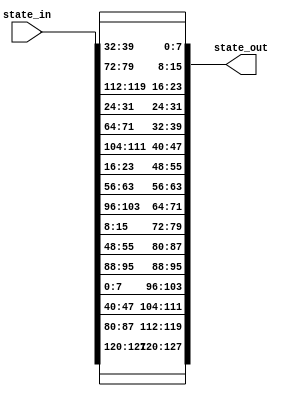
`timescale 1ns / 1ps
// Module for shifting the rows of the state matrix


module shift_rows(
    input  [127:0] state_in,
    output wire [127:0] state_out
    );

    // When there is an input of state1 change the output
    
	assign state_out[127:96] = {state_in[127:120], state_in[87:80], state_in[47:40], state_in[7:0]};
	assign state_out[95:64]  = {state_in[95:88], state_in[55:48], state_in[15:8], state_in[103:96]};
	assign state_out[63:32]  = {state_in[63:56], state_in[23:16], state_in[111:104], state_in[71:64]};
	assign state_out[31:0]   = {state_in[31:24], state_in[119:112], state_in[79:72], state_in[39:32]};
   
	 
endmodule